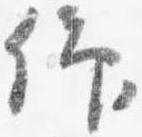
仰